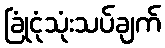
ခြုံငုံသုံးသပ်ချက်